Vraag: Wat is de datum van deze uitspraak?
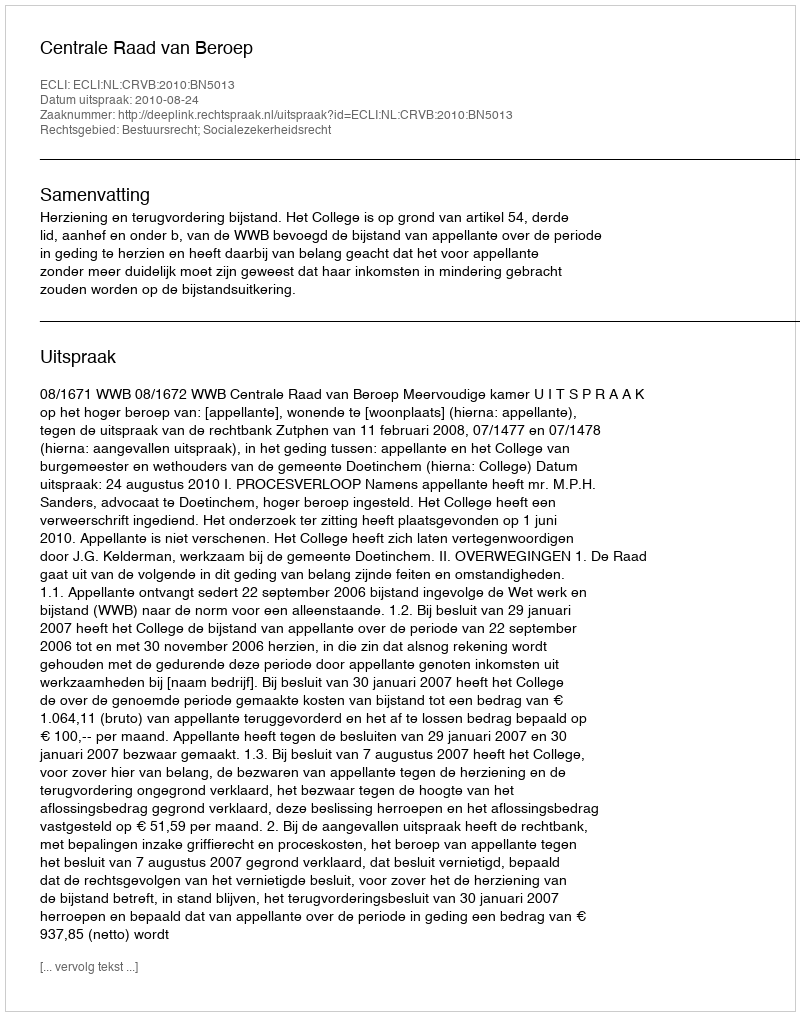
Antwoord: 2010-08-24